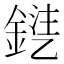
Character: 𨩾